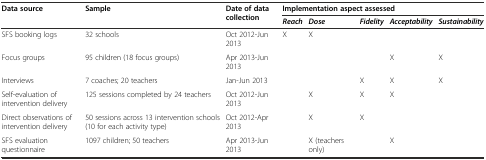
| <ROWSPAN=2> Data source | <ROWSPAN=2> Sample | <ROWSPAN=2> Date of data collection | <COLSPAN=5> Implementation aspect assessed |
 | Reach | Dose | Fidelity | Acceptability | Sustainability |
 | --- | --- | --- | --- | --- | --- | --- | --- |
 | SFS booking logs | 32 schools | Oct 2012-Jun 2013 | X | X |  |  |  |
 | Focus groups | 95 children (18 focus groups) | Apr 2013-Jun 2013 |  |  |  | X | X |
 | Interviews | 7 coaches; 20 teachers | Jan-Jun 2013 |  |  | X | X | X |
 | Self-evaluation of intervention delivery | 125 sessions completed by 24 teachers | Oct 2012-Jun 2013 |  | X | X | X |  |
 | Direct observations of intervention delivery | 50 sessions across 13 intervention schools (10 for each activity type) | Oct 2012-Apr 2013 |  | X | X |  |  |
 | SFS evaluation questionnaire | 1097 children; 50 teachers | Apr 2013-Jun 2013 |  | X (teachers only) |  | X |  |